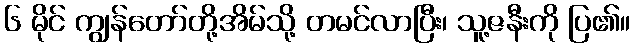
၆ မိုင် ကျွန်တော်တို့အိမ်သို့ တမင်လာပြီး၊ သူ့ဇနီးကို ပြ၏။